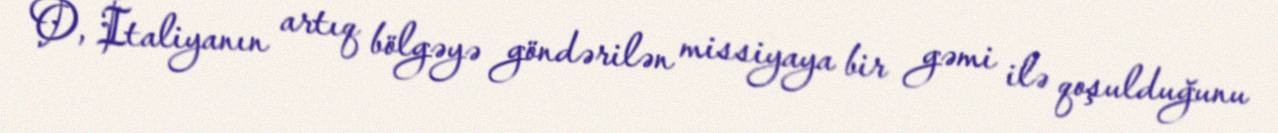
O, İtaliyanın artıq bölgəyə göndərilən missiyaya bir gəmi ilə qoşulduğunu